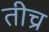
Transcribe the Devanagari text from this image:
तीच्र